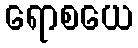
ရောစယေ